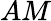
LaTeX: AM